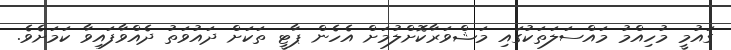
ގައުމީ މުހިއްމު މައްސަލަތަކުގައި މަޝްވަރާކޮށްލުމަށް އެހެން ޕާޓީ ތަކަށް ދައުވަތު ދެއްވާފައިވާ ކަމަށެވެ.